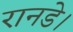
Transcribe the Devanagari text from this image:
रानडे।